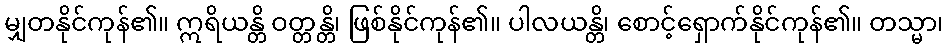
မျှတနိုင်ကုန်၏။ ဣရိယန္တိ ဝတ္တန္တိ၊ ဖြစ်နိုင်ကုန်၏။ ပါလယန္တိ၊ စောင့်ရှောက်နိုင်ကုန်၏။ တသ္မာ၊